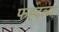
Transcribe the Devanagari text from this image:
फह्दला